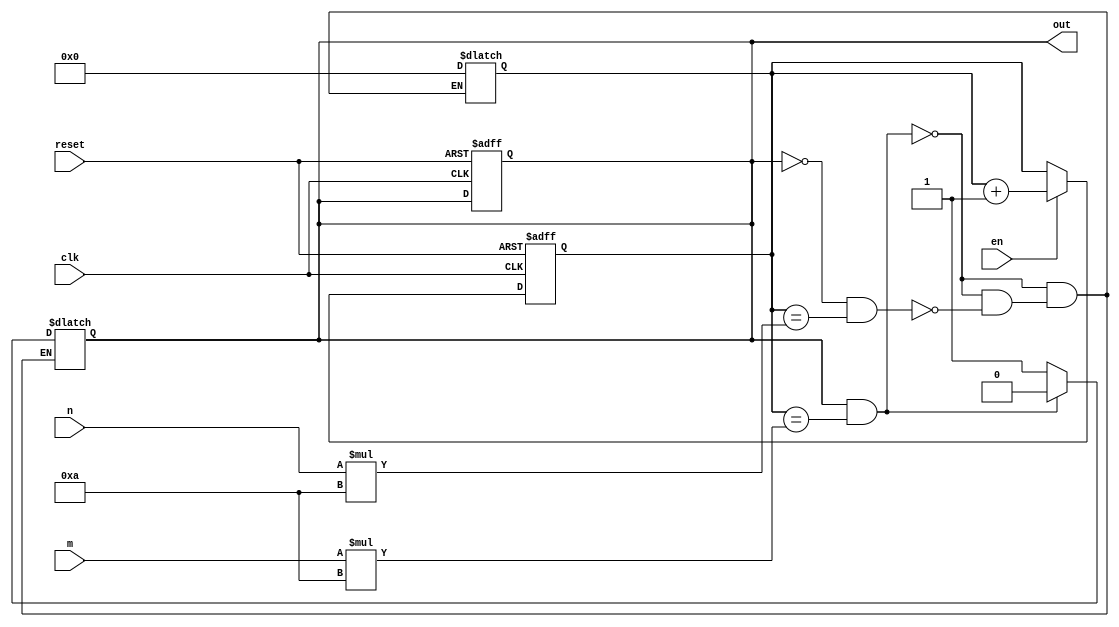
`timescale 1ns / 1ps
//////////////////////////////////////////////////////////////////////////////////
// Company: 
// Engineer: 
// 
// Design Name: 
// Module Name: square_wave
// Project Name: 
// Target Devices: 
// Tool Versions: 
// Description: 
// 
// Dependencies: 
// 
// Revision:
// Revision 0.01 - File Created
// Additional Comments:
// 
//////////////////////////////////////////////////////////////////////////////////

//
module square_wave(
    input  clk,      //100MHZ clk on Basys 3 Artix 7, 10ns period
    input  reset,
    input en,
    input  [3:0] m,  //m*100ns is on interval, unsigned integer. on for m*(10 clock periods)
    input  [3:0] n,  //n*100ns is off interval, unsigned integer. off for n*(10 clock periods)
    output out      // output square wave
    );
        
    //current state and next state register for square wave output
    reg r_reg;
    
    //register count for clock periods
    reg [7:0] r_count;
    
    //D FF
    always @(posedge clk, posedge reset)
        if(reset)
            begin
                r_reg <= 0;
                r_count <= 0;
            end
        else if (en)
            begin
                r_count <= r_count + 1;
            end             
            
    //next-state logic
    always @*
        if(r_reg && (r_count == m * 10)) //if square wave is 1 and m period count at max up count, set to 0 and reset counter
            begin
                r_reg = 1'b0;
                r_count = 0;
            end
        else if(~r_reg && (r_count == n * 10)) //if square wave is 0 and n period count at max down count, set to 1 and reset counter
            begin
                r_reg = 1'b1;
                r_count = 0;
            end

    //output logic
    assign out = r_reg;
    
endmodule